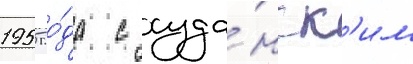
1955 го́да с суда́нск'им